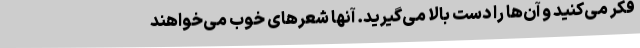
فکر می‌کنید و آن‌ها را دست بالا می‌گیرید. آنها شعرهای خوب می‌خواهند